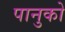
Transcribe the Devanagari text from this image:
पानुको